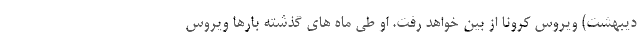
دیبهشت) ویروس کرونا از بین خواهد رفت. او طی ماه های گذشته بارها ویروس